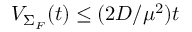
{ \cal V } _ { \Sigma _ { F } } ( t ) \le ( 2 D / \mu ^ { 2 } ) t